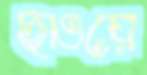
ছাওয়ে